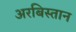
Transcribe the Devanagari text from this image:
अरबिस्तान